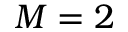
M = 2